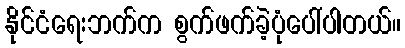
နိုင်ငံရေးဘက်က စွက်ဖက်ခဲ့ပုံပေါ်ပါတယ်။